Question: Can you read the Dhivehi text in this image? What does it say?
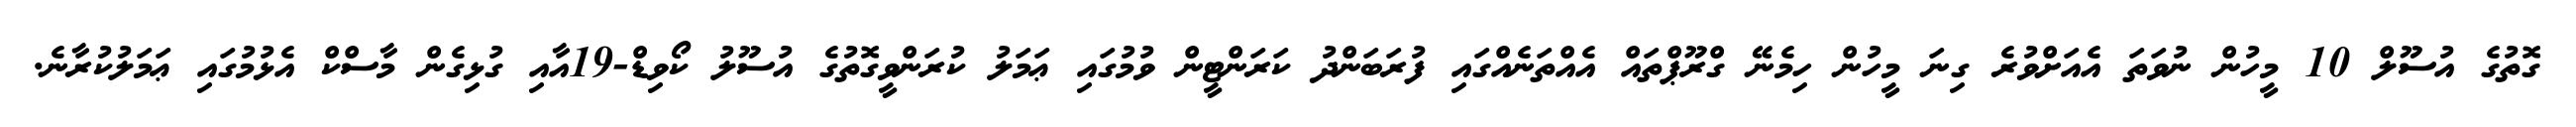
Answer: ގޮތުގެ އުސޫލް 10 މީހުން ނުވަތަ އެއަށްވުރެ ގިނަ މީހުން ހިމެނޭ ގްރޫޕްތައް އެއްތަނެއްގައި ފުރަބަންދު ކަރަންޓީން ވުމުގައި ޢަމަލު ކުރަންވީގޮތުގެ އުސޫލު ކޯވިޑް-19އާއި ގުޅިގެން މާސްކް އެޅުމުގައި ޢަމަލުކުރާނެ.